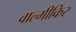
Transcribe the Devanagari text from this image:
वाल्मीकिर